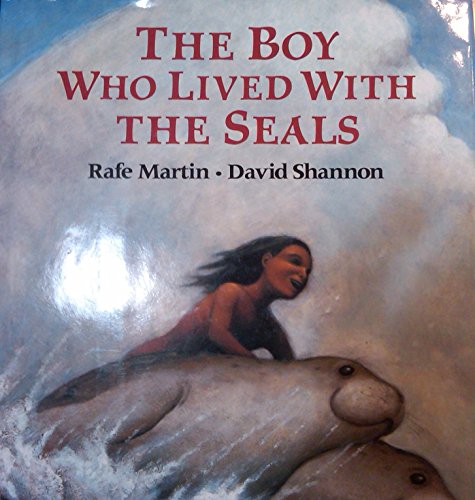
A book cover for The Boy Who Lived with the Seals; Rafe Martin; Children's Books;